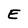
Character: E